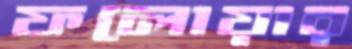
ফলোয়ার